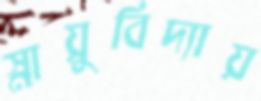
স্নায়ুবিদ্যায়